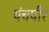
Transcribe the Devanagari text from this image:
पंचपीर